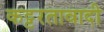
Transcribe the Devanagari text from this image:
कट्टरतावादी